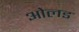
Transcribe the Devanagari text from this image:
ओलड